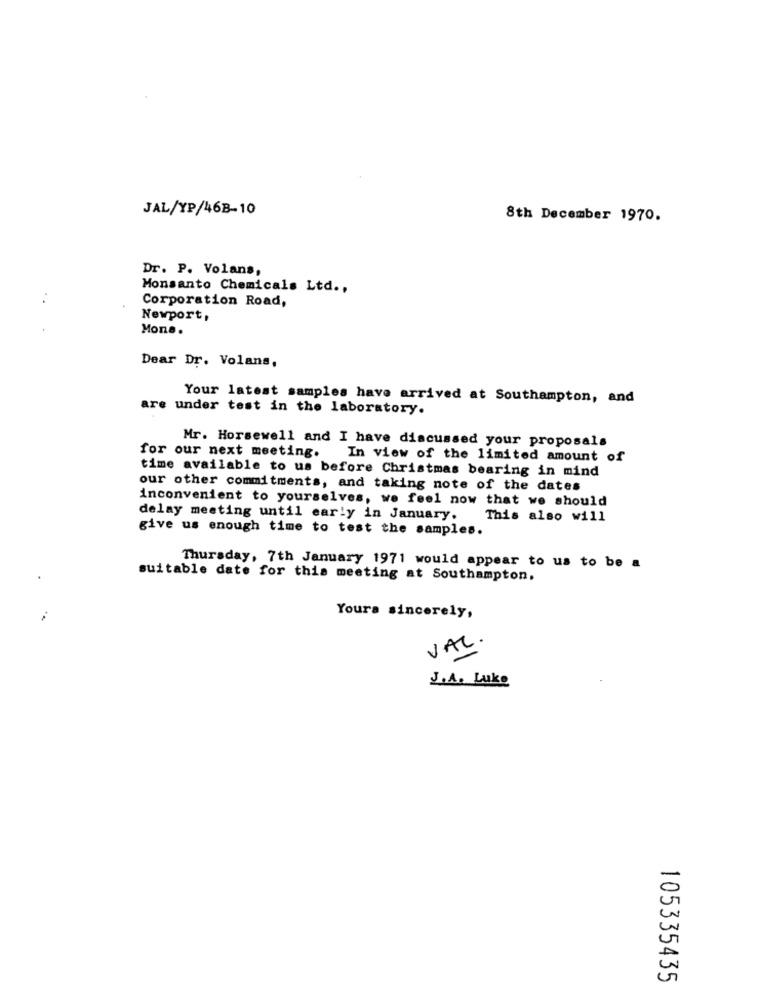
JAL/YP/468-10
8th December 1970.
Dr. P. Volans,
Monsanto Chemicals Ltd .,
Corporation Road,
Newport,
Mone.
Dear Dr. Volans,
Your latest samples have arrived at Southampton, and
are under test in the laboratory.
Mr. Horsewell and I have discussed your proposals
for our next meeting.
In view of the limited amount of
time available to us before Christmas bearing in mind
our other commitments, and taking note of the dates
inconvenient to yourselves, we feel now that we should
delay meeting until early in January.
This also will
give us enough time to test the samples.
Thursday, 7th January 1971 would appear to us to be a
suitable date for this meeting at Southampton.
Yours sincerely,
VAL .
J.A. Luke
105335435